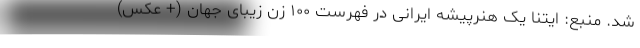
شد. منبع: ایتنا یک هنرپیشه ایرانی در فهرست ۱۰۰ زن زیبای جهان (+ عکس)